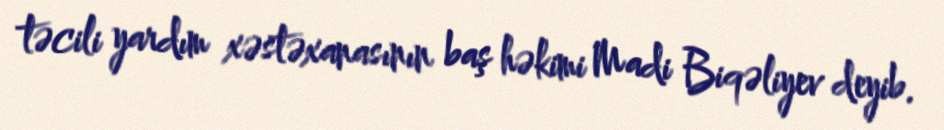
təcili yardım xəstəxanasının baş həkimi Madi Biqəliyev deyib.